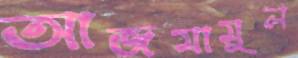
আজমামুল